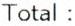
TOTAL :